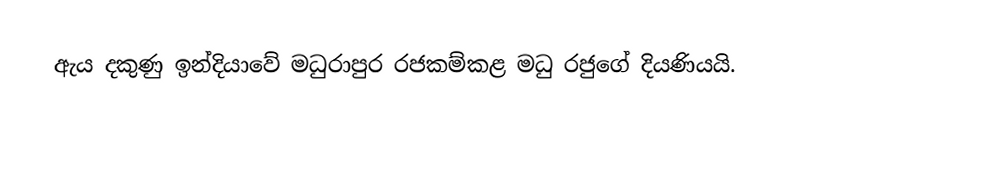
ඇය දකුණු ඉන්දියාවේ මධුරාපුර රජකම්කළ මධු රජුගේ දියණියයි.